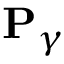
\mathbf { P } _ { \gamma }